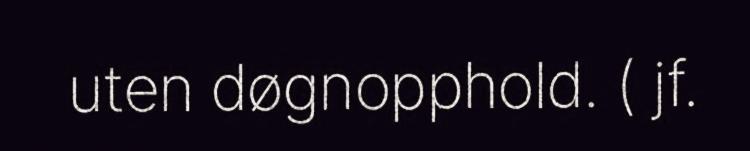
uten døgnopphold. ( jf.